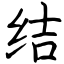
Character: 结